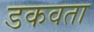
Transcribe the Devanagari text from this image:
डकवता